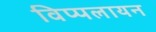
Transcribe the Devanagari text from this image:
विप्पलायन